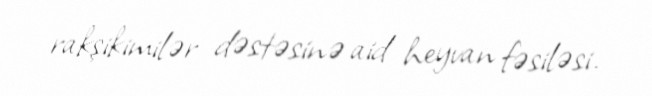
rakşikimilər dəstəsinə aid heyvan fəsiləsi.